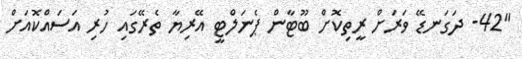
"42- ދަގަނޑޭ ވަރަށް ރީތިކޮށް ބޫޓާން ޕެނަލްޓީ އޭރިޔާ ތެރޭގައި ހުރި އަސައްކޮއަށް